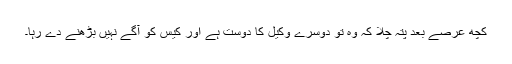
کچھ عرصے بعد پتہ چلا کہ وہ تو دوسرے وکیل کا دوست ہے اور کیس کو آگے نہیں بڑھنے دے رہا۔